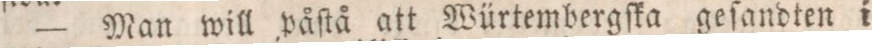
— Man will påſtå att Würtembergſka geſandten i